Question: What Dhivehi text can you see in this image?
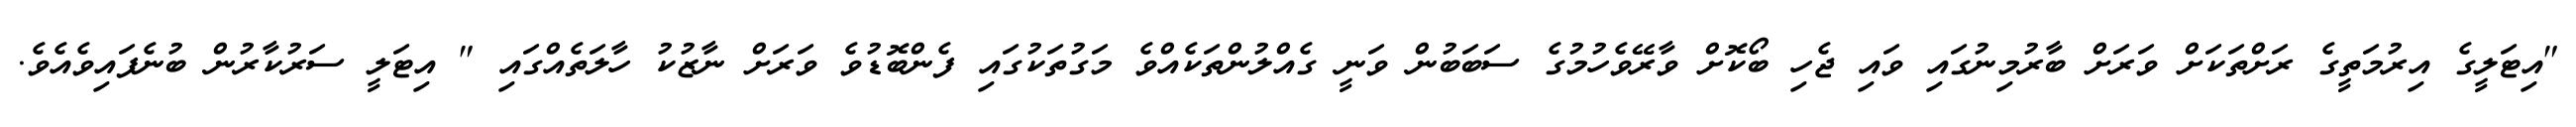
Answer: "އިޓަލީގެ އިރުމަތީގެ ރަށްތަކަށް ވަރަށް ބާރުމިނުގައި ވައި ޖެހި ބޯކޮށް ވާރޭވެހުމުގެ ސަބަބުން ވަނީ ގެއްލުންތަކެއްވެ މަގުތަކުގައި ފެންބޮޑުވެ ވަރަށް ނާޒުކު ހާލަތެއްގައި " އިޓަލީ ސަރުކާރުން ބުނެފައިވެއެވެ.